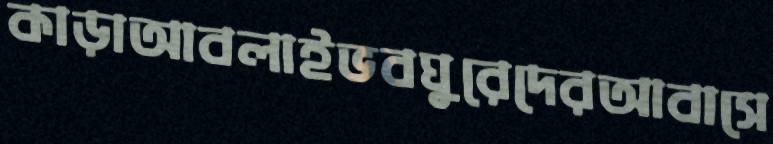
কাড়াআবলাইভবঘুরেদেরআবাসে